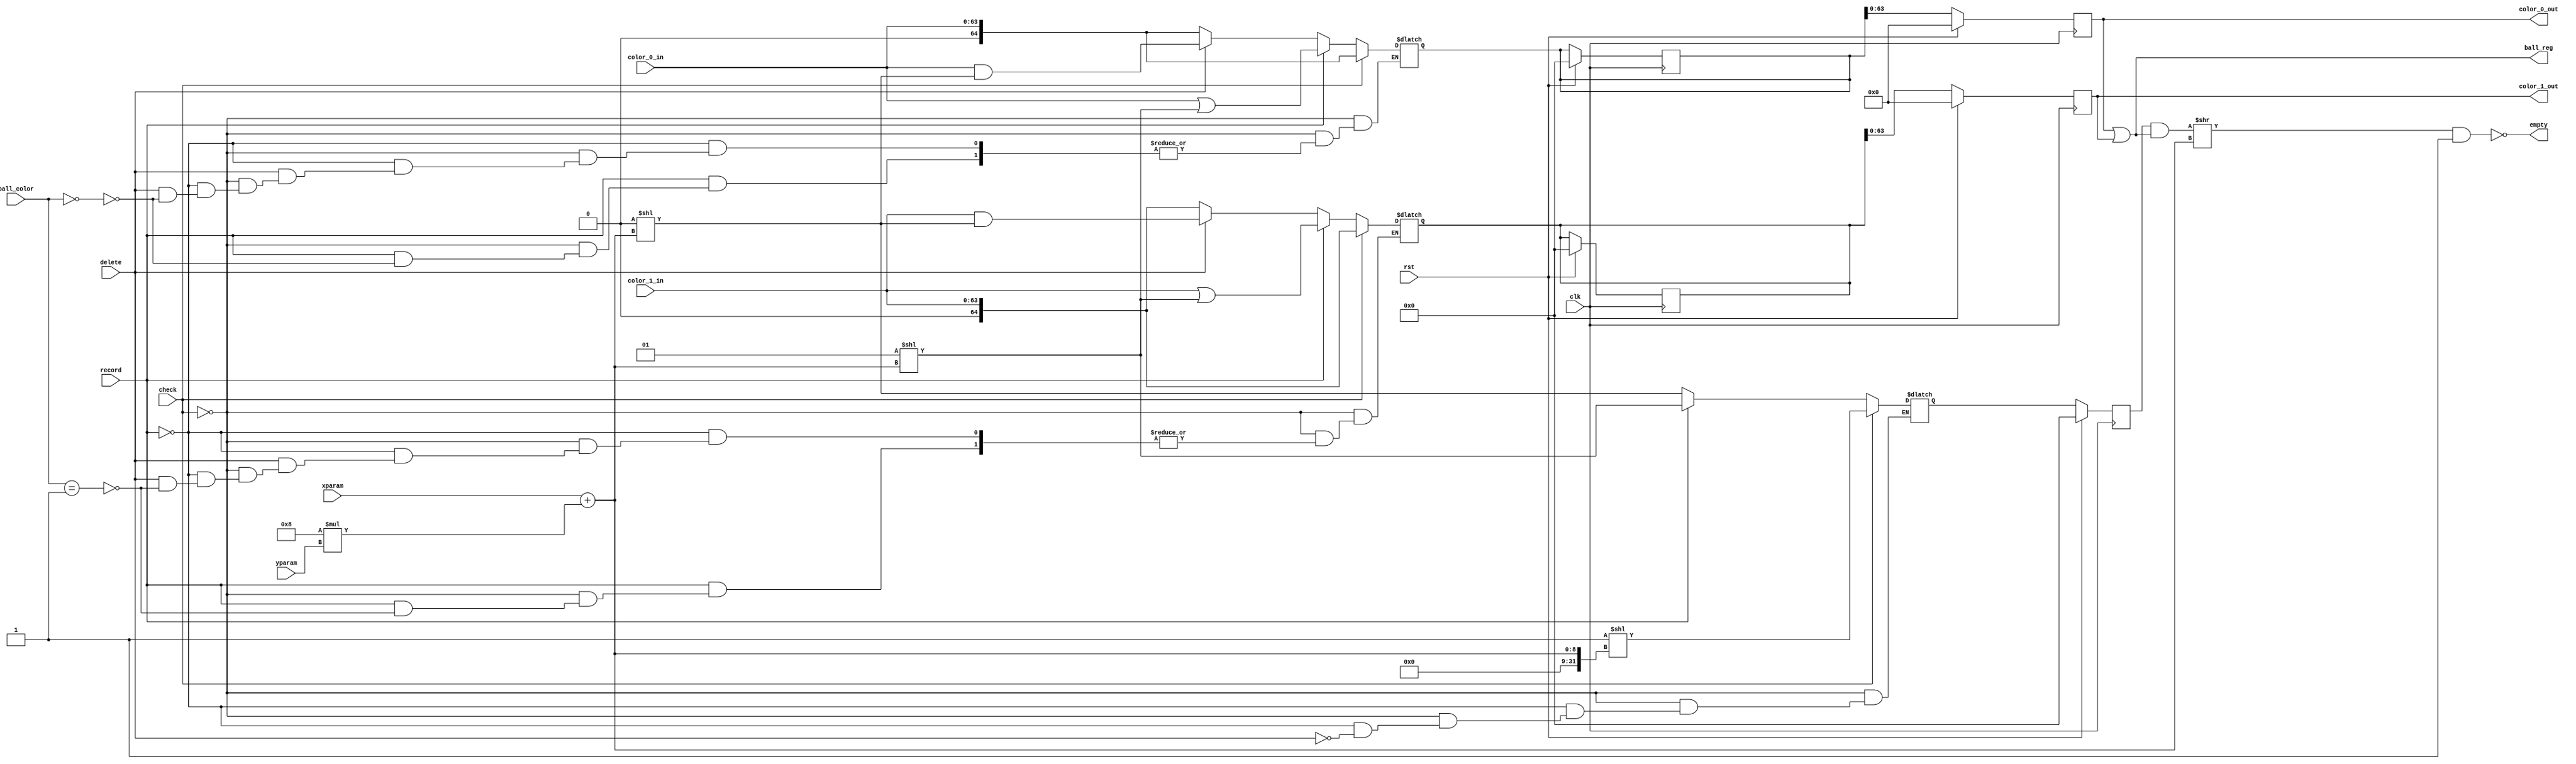
`timescale 1ns / 1ps
//////////////////////////////////////////////////////////////////////////////////
// Company: 
// Engineer: 
// 
// Design Name: 
// Module Name: write_data
// Project Name: 
// Target Devices: 
// Tool Versions: 
// Description: 
// 
// Dependencies: 
// 
// Revision:
// Revision 0.01 - File Created
// Additional Comments:
// 
//////////////////////////////////////////////////////////////////////////////////


module write_data(
    input wire [3:0] xparam,
    input wire [3:0] yparam,
    input wire [1:0] ball_color,
    input wire [63:0] color_0_in, color_1_in,
    input wire record,
    input wire check,
    input wire delete,
    input wire clk,
    input wire rst,
    
    output reg [63:0] color_0_out,
    output reg [63:0] color_1_out,
    output wire [63:0] ball_reg,
    output wire empty
    );
    
    //reg [64:0] color_0, color_1; 
    reg [64:0] temp_reg, temp_reg_nxt, color_0_nxt, color_1_nxt;
   
   always @(posedge clk)begin
    if(rst)begin
        temp_reg <= 64'b0;
        color_0_out <= 64'b0;
        color_1_out <= 64'b0;   
        color_0_nxt <= 64'b0;
        color_1_nxt <= 64'b0;
    end
    else begin
       temp_reg <= temp_reg_nxt;
       color_0_out <= color_0_nxt;
       color_1_out <= color_1_nxt;
    end
   end
   
   always @*
   begin
   
        if(check) begin
            temp_reg_nxt = 1'b1 << (xparam + 8*yparam);
            color_0_nxt = color_0_in;
            color_1_nxt = color_1_in;
        end    
            
        else begin         
            if(record) begin 
            temp_reg_nxt = 1 << (xparam + 8*yparam);   
                case(ball_color)
                1'b0: color_0_nxt = (color_0_in | temp_reg_nxt);
                1'b1: color_1_nxt = (color_1_in | temp_reg_nxt);
                endcase
            end
            else if(delete) begin 
            temp_reg_nxt = 0 << (xparam + 8*yparam);   
               case(ball_color)
               1'b0: color_0_nxt = (color_0_in & temp_reg_nxt);
               1'b1: color_1_nxt = (color_1_in & temp_reg_nxt);
               endcase
            end
            else begin
            color_0_nxt = color_0_in;
            color_1_nxt = color_1_in;
            end
        end
    end    
    
    assign ball_reg = color_0_out | color_1_out;
    assign empty = !(((temp_reg & ball_reg) >> (xparam + 8*yparam)) & 1'b1);   
    
endmodule